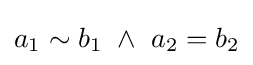
a_{1}\sim b_{1}~\land ~a_{2}=b_{2}